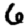
Digit: 6